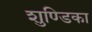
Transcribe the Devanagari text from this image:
शुण्डिका